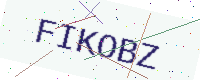
Text: FIKOBZ